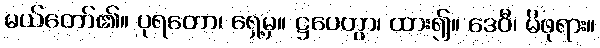
မယ်တော်၏။ ပုရတော၊ ရှေ့မှ။ ဋ္ဌပေတွာ၊ ထား၍။ ဒေဝီ၊ မိဖုရား။